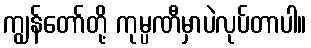
ကျွန်တော်တို့ ကုမ္ပဏီမှာပဲလုပ်တာပါ။